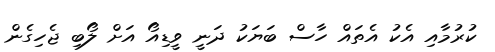
ކުރުމާއި އެކު އެތައް ހާސް ބަޔަކު ދަނީ ވީޑިއޯ އަށް ލޯބި ޖެހިގެން